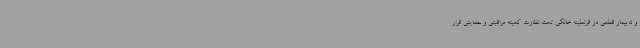
و 5 بیمار قطعی در قرنطینه خانگی تحت نظارت کمیته مراقبتی و حمایتی قرار